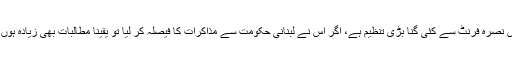
داعش نصرہ فرنٹ سے کئی گنا بڑی تنظیم ہے، اگر اس نے لبنانی حکومت سے مذاکرات کا فیصلہ کر لیا تو یقیناً مطالبات بھی زیادہ ہوں گے۔